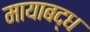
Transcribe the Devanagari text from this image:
मायाबद्ध